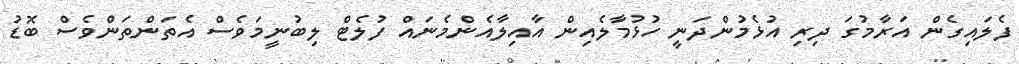
ފެލައިގެން އަރާމުގަ ދިރި އުޅެމުންދަނީ ހުޅުމާލެއިން އާއިލާއެންމެނައް ފުލެޓް ލިބުނީމަވެސް އެތަންތަންވެސް ބޮޑު